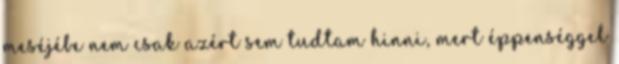
meséjébe nem csak azért sem tudtam hinni, mert éppenséggel